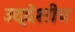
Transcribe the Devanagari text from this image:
उद्देशीय